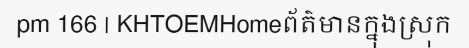
pm 166 | KHTOEMHomeព័ត៌មានក្នុងស្រុក